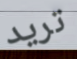
تريد